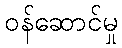
ဝန်ဆောင်မှု